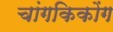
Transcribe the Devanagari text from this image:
चांगकिकोंग